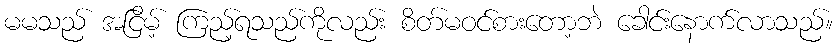
မမသည် အငြိမ့် ကြည့်ရသည်ကိုလည်း စိတ်မဝင်စားတော့ဘဲ ခေါင်းနောက်လာသည်။